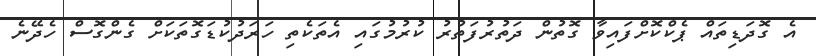
އެ ގޮދަޑިތައް ޕެކްކޮށްފައިވާ ގޮތުން ދަތުރުފަތުރު ކުރުމުގައި އެތަކެތި ހަރަދުކުޑަގޮތަކަށް ގެންގޮސް ހެދޭނެ